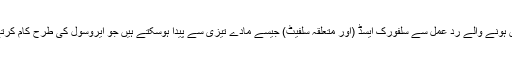
آتش فشاں گیسوں کے ساتھ فضا میں ہونے والے رد عمل سے سلفورک ایسڈ (اور متعلقہ سلفیٹ) جیسے مادے تیزی سے پیدا ہوسکتے ہیں جو ایروسول کی طرح کام کرتے ہیں ، ماحول کو ٹھنڈا کرتے ہیں۔